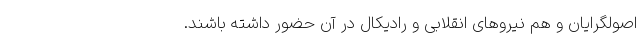
اصولگرایان و هم نیروهای انقلابی و رادیکال در آن حضور داشته باشند.